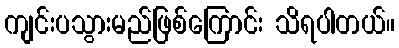
ကျင်းပသွားမည်ဖြစ်ကြောင်း သိရပါတယ်။